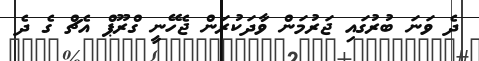
ދެ ވަނަ ބުރުގައި ޖަރުމަން ވާދަކުރަން ޖެހޭނީ ގްރޫޕް އެޗް ގެ ދެ